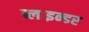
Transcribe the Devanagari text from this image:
ब्लाइन्डर